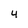
Character: 4